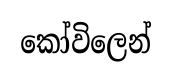
කෝවිලෙන්